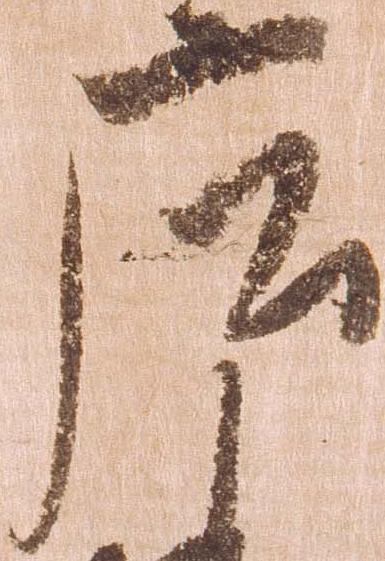
庄